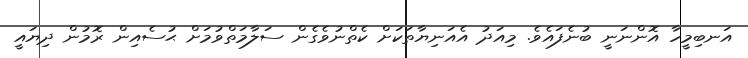
އަނބިމީހާ އޮންނަނީ ބުނެފައެވެ. މިއަދު އެއަނިޔާތަކަށް ކެތްނުވެގެން ސަލާމަތްވުމަށް ޙުސެއިން ރޮމުން ދިޔައީ